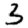
Digit: 3